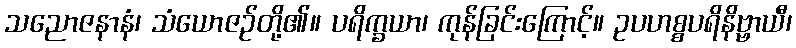
သညောဇနာနံ၊ သံယောဇဉ်တို့၏။ ပရိက္ခယာ၊ ကုန်ခြင်းကြောင့်။ ဥပဟစ္စပရိနိဗ္ဗာယီ၊